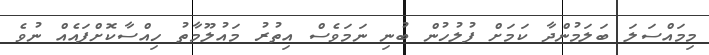
މިމައްސަލަ ބަލަމުންދާ ކަމަށް ފުލުހުން ބުނި ނަމަވެސް އިތުރު މައުލޫމާތު ހިއްސާކޮށްފައެއް ނުވެ